Annual report of the Bengal Veterinary College and of the Civil Veterinary Department, Bengal, for the year 1911-1912 - 1911-1912
Year: 1911
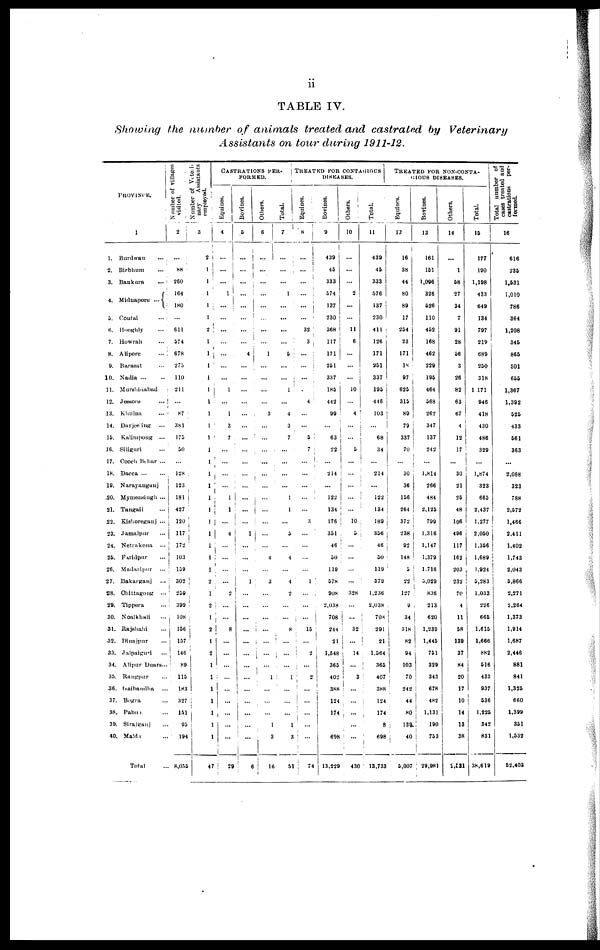
ii
TABLE IV.
Showing the number of animals treated and castrated by Veterinary
Assistants on tour during 1911-12.
PROVINCE.
1
1. Bmduan …
2. Birbhum …
3. Baukura
…
4. Midnapore ...
5. Coutai …
6. Hooghly …
7. Howrah
8. Alipore …
9. Barasat …
10. Nadia … …
11. Murshidabad
12. Jessole …
13. Khulna …
14. Daijeeing …
15. Kalimpong ...
16. Siliguri …
17. Cooch Behar ...
18. Dacca
19. Narayangauj
20. Mymensingh ...
21. Tangail …
22.
Kishoreganj ...
23. Jamalpm …
24. Netiakona …
25. Faridpur …
26. Madaripm …
27. Bakarganj …
28. Ohittagong ...
29. Tippera …
30. Noalkhali ….
31. Rajshahi …
32. Dinarpur …
33. Jalpaiguri
...
34. Alipur Duars...
35. Rangpur …
36. Gaibandha …
37. Bogia …
38. Pabna …
39. Snaigaui …
40. Malda …
Total …
Number of villages
visited.
2
…
88
260
164
… 180
…
611
574
678
275
110
211
…
87
381
175
50
…
128
123
181
427
120
117
172
103
159
302
259
399
108
156
157
146
89
115
183
327
151
95
194
8,055
Number of Voteri-
nary
Assistants
employed.
3
2
1
I
1
1
1
i
2
1
1
1
1
1
1
1
1
1
1
1
1
1
1
1
1
1
1
1
1
2
1
2
1
2
1
2
1
1
1
1
1
1
1
47
CASTRATION
PER-
FORMED.
Equines.
4
…
...
…
1
…
…
…
…
…
…
…
…
1
…
1
3
7
…
…
…
…
1
1
…
4
…
…
…
…
2
…
…
8
…
…
…
…
...
…
…
…
…
29
Bovines.
5
...
…
…
…
… …
…
…
…
4
…
…
…
…
…
…
…
…
…
…
…
…
…
…i
1
……
…
…
1
…
…
…
…
…
…
…
...
…
…
…
…
…
6
Others.
6
...
...
...
...
…
…
…
...
…
1
…
...
...
...
3
...
...
...
...
…
...
……
……
...
…
...
4
...
3
...
...
...
…
...
…vv
….
…
…
...
...
...
…
3
16
Total.
7
…
…
…
1
…
…
…
…
…
5
…
…
1
…
4
3
7
…
…
…
…
1
1
…
5
…
4
…
4
2
…
…
8
…
…
…
1
…
…
…
1
3
51
TREATED FOR CONTAGIOUS
DISEASES.
Equines.
8
...
…
…
…
… ...
…
32
3
…
…
…
…
4
…
…
5
7 i
...
…
…
…
…
3
…
…
…
…
1
…
…
…
13
…
2
…
…2
…
…
…
…
…
74
Bovines.
9
439
45
333
574
… 137
230
368
117
171
251
337
185
442
99
…
63
22
…
214
…
122
134
176
351
46
50
119
578
908
2,038
708
244
21
1,548
365
402
388
124
174
…
698
13,229
Others.
10
…
…
…
2
…
…
…
11
6
…
…
…
... |
10
...
4
…
…
5
…
...
…
……
…
10
5
...
…
…
…
328
…
…
32
…
14
...
3 …
…
…
…
…
430
Total.
11
439
45
333
576
… 137
230
411
126
171
251
337
195
446
103
…
68
34
…
214
…
122
134
189
356
46
50
119
579
1,236
2,038
708
291
21
1,564
365
407
388
124
174
8
698
13,733
TREATED FOR NON-CONTA-
GIOUS DISEASES.
Equines.
12
16
38
44
80
…
89
17
254
23
171
18
97
625
315
89
79
337
70
...
30
36
156
264
372
238
92
148
5
22
127
9
34
318
82
94
103
70
242
44
80
138
40
5,007
Bovines.
13
161
151
1,096
326
… 526
110
452
168
462
229
195
464
568
262
347
137
242
…
1,814
266
484
2,125
799
1.316
1,147
1,379
1.716
5,029
836
213
620
1,239
1,445
751
329
343
678
482
1,131
190
753
29,981
Others.
14
…
1
58
27
34
7
91
28
56
3
26
82
63
67
4
12
17
…
30
21
25
48
106
496
117
162
203
232
70
4
11
58
139
37
84
20
17
10
14
13
38
2.631
Total.
15
177
190
1,198
433
… 649
134
797
219
689
250
318
1 171
946
418
430
486
329
...
1,874
323
665
2,437
1,277
2,050
1,356
1,689
1.924
5,283
1,033
226
665
1,615
1,666
882
516
433
937
536
1,225
342
831
38,619
Total
number of
cases treated and
castrations
per
formed.
16
616
235
1,531
1,010
… 786
364
1,208
345
865
501
655
1,367
1,392
525
433
561
363
…
2,088
323
788
2,572
1,466
2,411
1,402
1,743
2,043
5,866
2,271
2,264
1,373
1,914
1,687
2,446
881
841
1,325
660
1,399
351
1,532
52,402